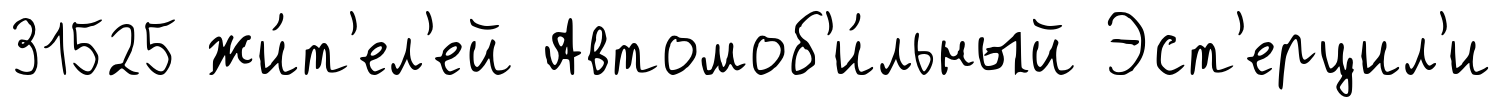
31525 жи́т'ел'ей Автомоб'и́льный Эст'ерцил'и